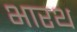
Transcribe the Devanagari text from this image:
भारथ